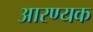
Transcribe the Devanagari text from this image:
आरण्‍यक